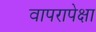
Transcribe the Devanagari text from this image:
वापरापेक्षा